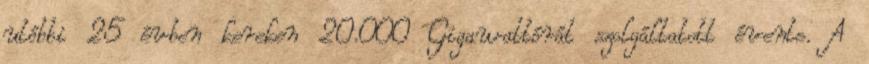
utóbbi 25 évben kereken 20.000 Gigawattórát szolgáltatott évente. A